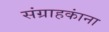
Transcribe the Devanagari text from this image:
संग्राहकांना